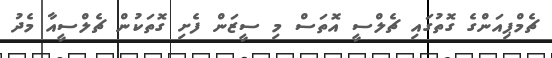
ޗެމްޕިއަންގެ ގޮތުގައި ޗެލްސީ އޮތަސް މި ސީޒަން ފެށި ގޮތަކުން ޗެލްސީއާ މެދު